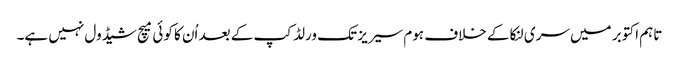
تاہم اکتوبر میں سری لنکا کے خلاف ہوم سیریز تک ورلڈ کپ کے بعد اُن کا کوئی میچ شیڈول نہیں ہے۔